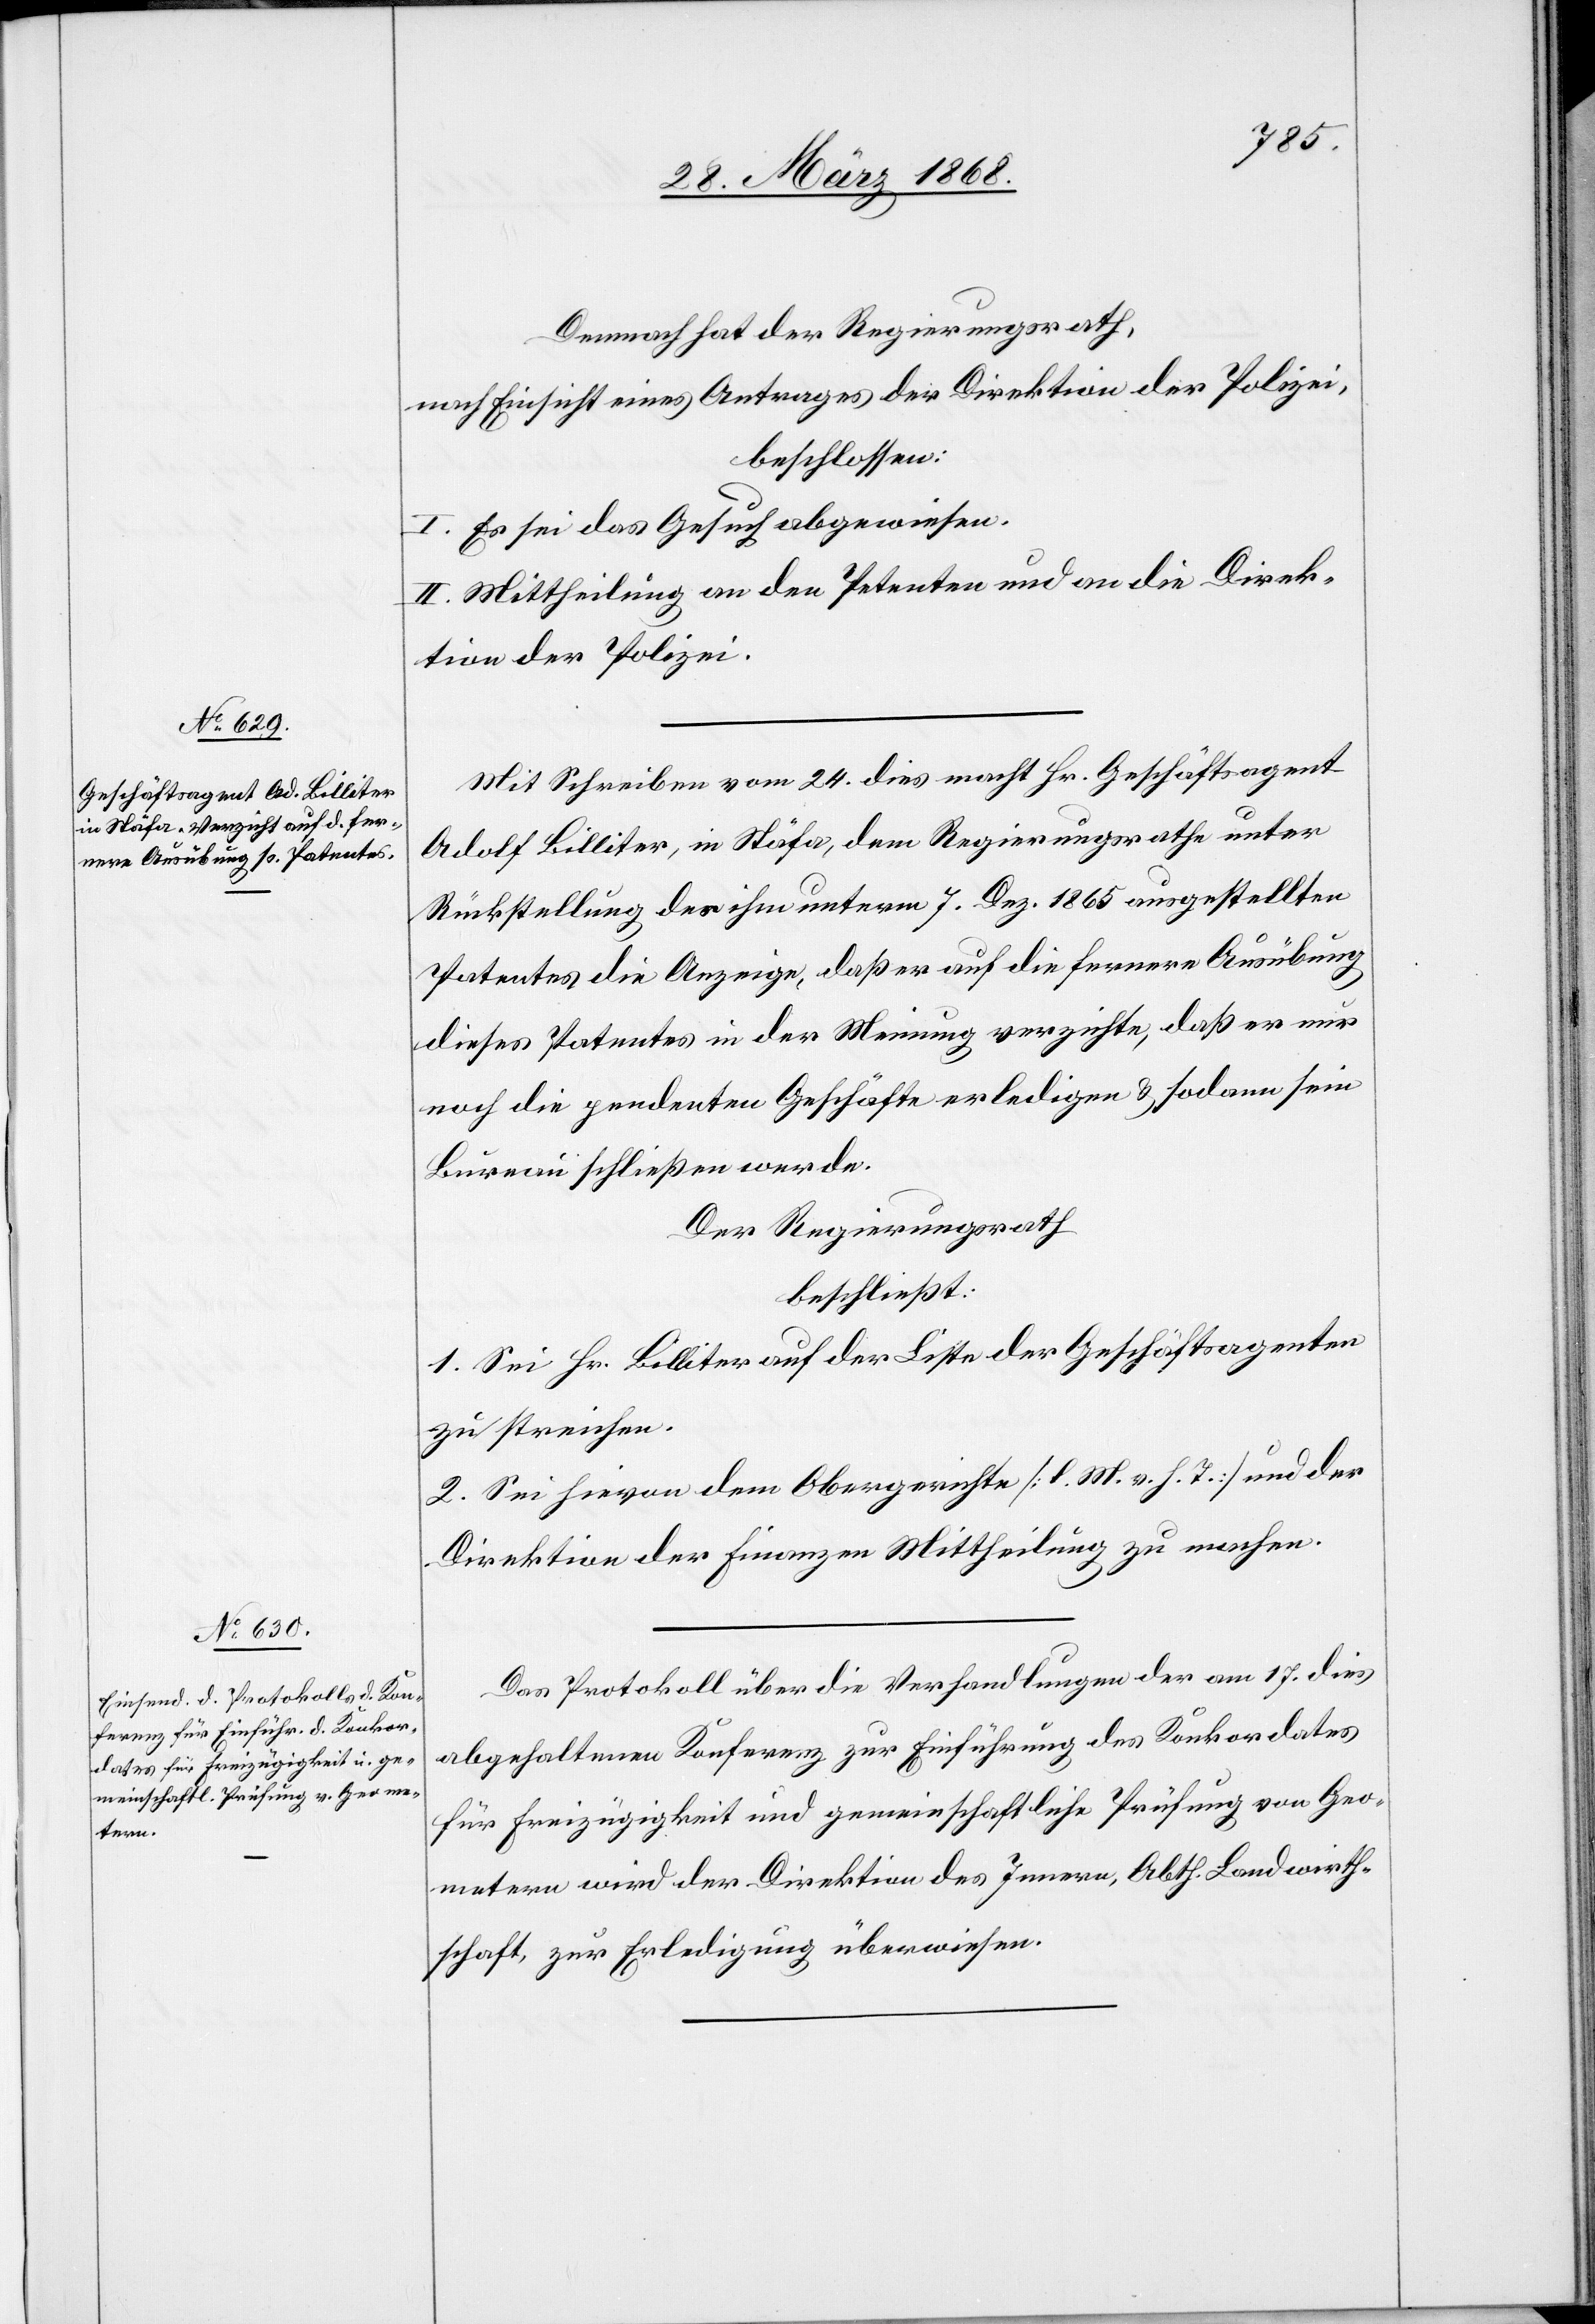
Demnach hat der Regierungsrath,
nach Einsicht eines Antrages der Direktion der Polizei,
beschlossen:
I. Es sei das Gesuch abgewiesen.
II. Mittheilung an den Petenten und an die Direk¬
tion der Polizei.
Mit Schreiben vom 24. dies macht Hr. Geschäftsagent
Adolf Billiter, in Stäfa, dem Regierungsrathe unter
Rückstellung des ihm unterm 7. Dez. 1865 ausgestellten
Patentes die Anzeige, daß er auf die fernere Ausübung
dieses Patentes in der Meinung verzichte, daß er nur
noch die pendenten Geschäfte erledigen & sodann sein
Bureau schließen werde.
Der Regierungsrath
beschließt:
1. Sei Hr. Billiter auf der Liste der Geschäftsagenten
zu streichen.
2. Sei hievon dem Obergerichte [l. M. v. h. T.] und der
Direktion der Finanzen Mittheilung zu machen.
Das Protokoll über die Verhandlungen der am 17. dies
abgehaltenen Konferenz zur Einführung des Konkordates
für Freizügigkeit und gemeinschaftliche Prüfung von Geo¬
metern wird der Direktion des Innern, Abth. Landwirth¬
schaft, zur Erledigung überwiesen.